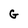
Character: G